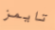
تايمز